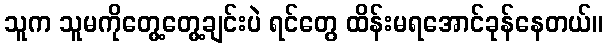
သူက သူမကိုတွေ့တွေ့ချင်းပဲ ရင်တွေ ထိန်းမရအောင်ခုန်နေတယ်။